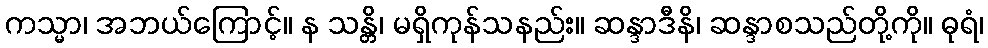
ကသ္မာ၊ အဘယ်ကြောင့်။ န သန္တိ၊ မရှိကုန်သနည်း။ ဆန္ဒာဒီနိ၊ ဆန္ဒာစသည်တို့ကို။ ဓုရံ၊